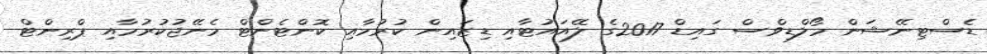
ޑެސްޓިނޭޝަން މޯލްޑިވްސް ގައިޑް 2017ގެ ލޭއައުޓާއި ޑިޒައިން ކުރުމާއި ކޮންޓެންޓް މެނޭޖުކުރުމާއި ޕްރިންޓް